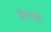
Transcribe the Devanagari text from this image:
चमण्डा